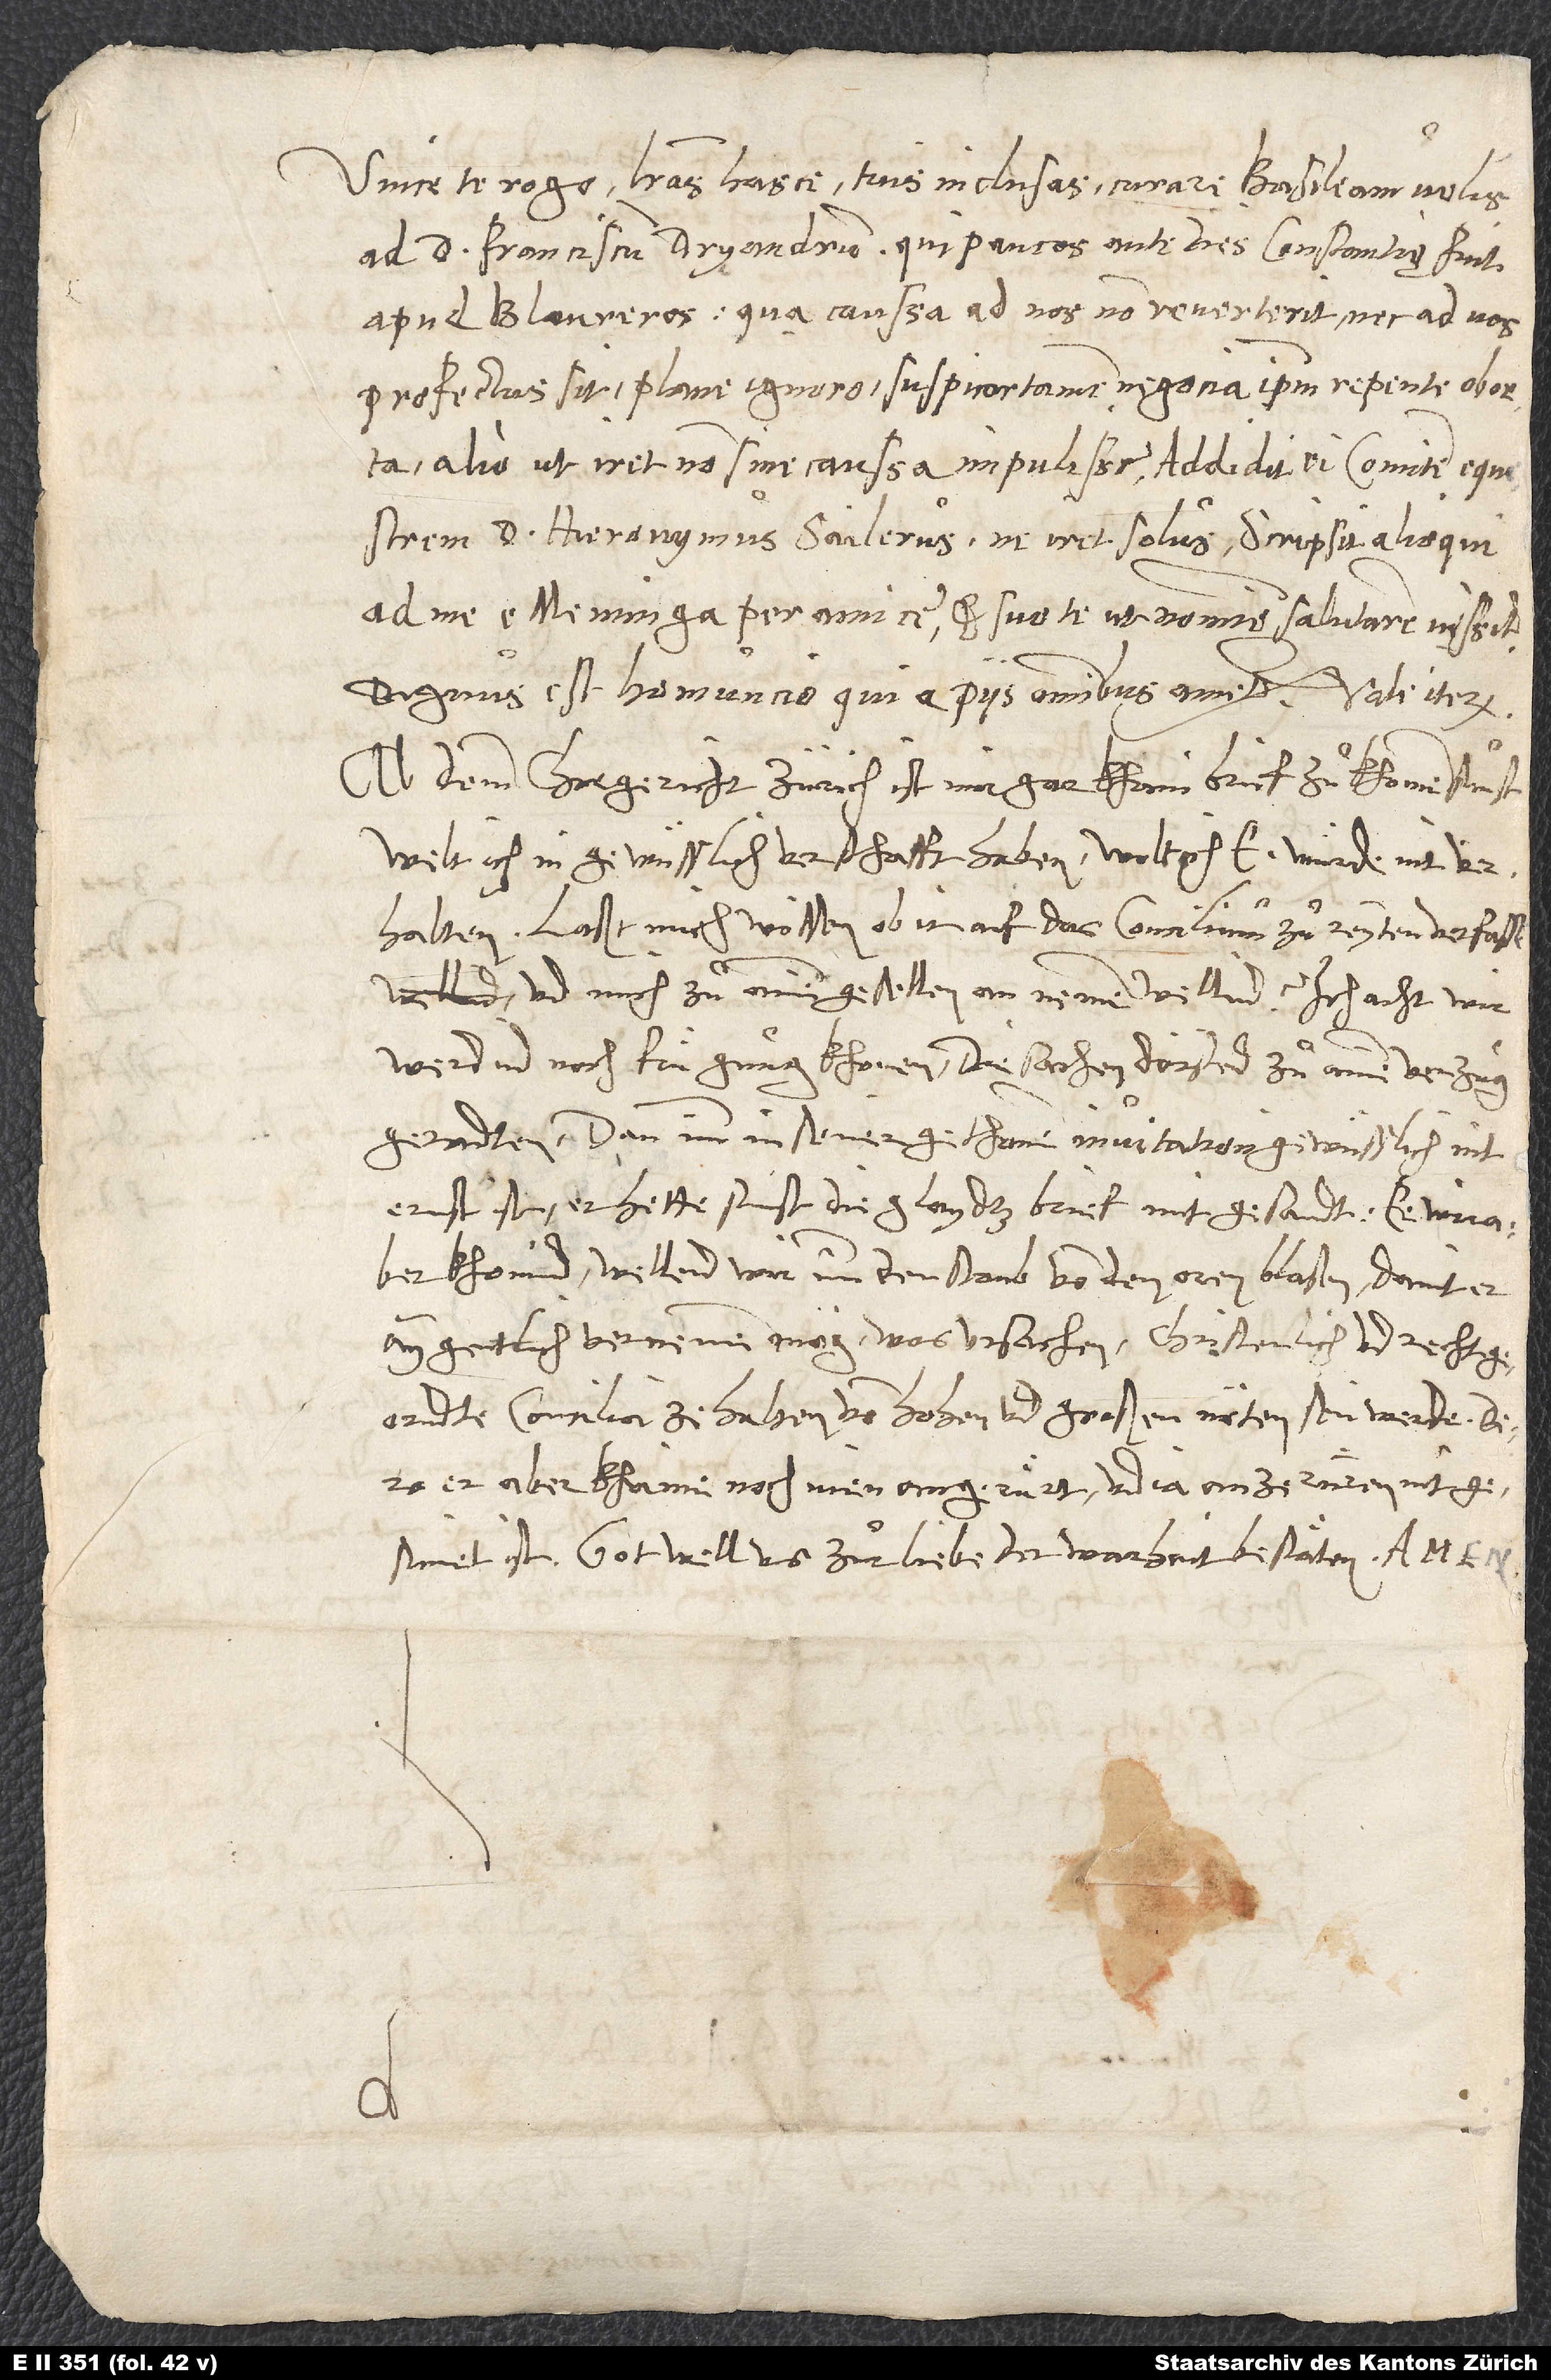
S.
Unice te rogo, literas hasce tuis inclusas curare Basileam velis
ad d. Franciscum Dryandrum, qui paucos ante dies Constantię fuit
apud Blaureros. Qua caussa ad nos non reverterit nec ad vos
profectus sit, plane ignoro. Suspicor tamen, negocia ipsum repente oborta
alio ut iret, non sine caussa impulisse. Addidit ei comitem equestrem
d. Hieronymus Sailerus, ne iret solus. Scripsit alioqui
ad me e Meminga peramice et, suo te ut nomine salutarem, iussit.
Dignus est homuncio, qui a piis omnibus ametur.
Ab demm chorgericht Zürich ist mir gar khain brief zukhomen, sunst
welt ich in gewüsslich verschafft haben. Wolt ich ewer wuͤrde nit verhalten.
Laßt mich wissen, ob ir auf das concilium zu reyten verfasst,
und mich zu ainem gesellen annemen wellind. Ich acht, wir
werdind noch fruͤ gnug khomen. Die sachen dörftend zu ainem verzug
geradten, dann im in seiner gethanen invitation gewüsslich nit
ernst ist. Er hette sunst die glaydtzbrief mitgesandt. Ee wir aber
khomind, wellend wir imm den staub von den oren blasen, damit er
aygentlich vernemen mög, was ursachen, christenlich und rechtgeordnte
concilia ze halten, von hohen und großen nöten sein werde, dero
er aber khaine noch nien angeruͤrt und ja anzeruͤren nit
gesinet ist. Gott well uns zur liebe der warhait bestäten. Amen.